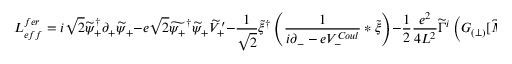
{ \cal L } _ { e f f } ^ { f e r } = i \sqrt { 2 } \widetilde \psi _ { + } ^ { \dagger } \partial _ { + } \widetilde \psi _ { + } - e \sqrt { 2 } \widetilde { \psi _ { + } } ^ { \dagger } \widetilde { \psi } _ { + } \widetilde { V } _ { + } ^ { \prime } - \frac { 1 } { \sqrt { 2 } } \widetilde \xi ^ { \dagger } \left( \frac { 1 } { i \partial _ { - } - e V _ { - } ^ { C o u l } } \ast \widetilde \xi \right) - \frac 1 2 \frac { e ^ { 2 } } { 4 L ^ { 2 } } \widetilde \Gamma ^ { i } \left( { \cal G } _ { ( \perp ) } [ \widetilde { \cal M } _ { C o u l } ^ { 2 } ] \ast \widetilde \Gamma ^ { i } \right) \ ,